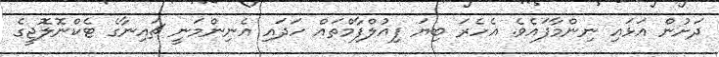
ދަށުން އަޅައި ނިންމާފައެވެ. އެހެރަ ބިޔަ ފިއުލްފާމްތައް ހަދައި އެނިންމަނީ ޗައިނާގެ ޓެކްނޮލޮޖީގެ